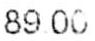
89.00